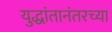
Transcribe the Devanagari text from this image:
युद्धांतानंतरच्या